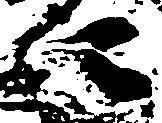
に